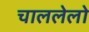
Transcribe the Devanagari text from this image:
चाललेलो